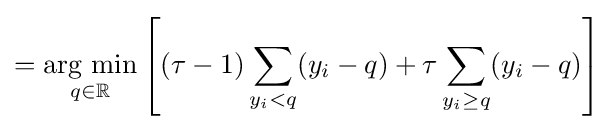
={\underset {q\in \mathbb {R} }{\mbox{arg min}}}\left[(\tau -1)\sum _{y_{i}<q}(y_{i}-q)+\tau \sum _{y_{i}\geq q}(y_{i}-q)\right]